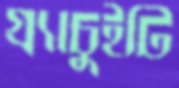
গ্র্যাচুইটি